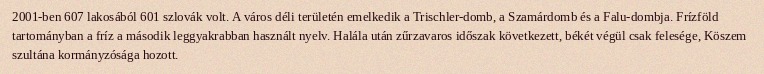
2001-ben 607 lakosából 601 szlovák volt. A város déli területén emelkedik a Trischler-domb, a Szamárdomb és a Falu-dombja. Frízföld tartományban a fríz a második leggyakrabban használt nyelv. Halála után zűrzavaros időszak következett, békét végül csak felesége, Köszem szultána kormányzósága hozott.